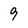
Character: 9